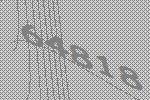
64818